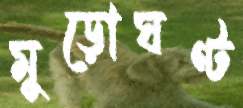
মুড়োঘণ্ট